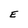
Character: E